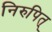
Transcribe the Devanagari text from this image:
निरुपित्